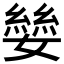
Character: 𪦥